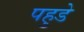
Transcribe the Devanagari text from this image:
पहुडे